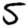
Digit: 5